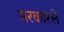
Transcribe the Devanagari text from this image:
सरकारले